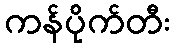
ကန်ပိုက်တီး